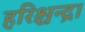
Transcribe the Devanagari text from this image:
हरिश्चन्द्र।